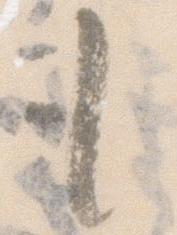
も